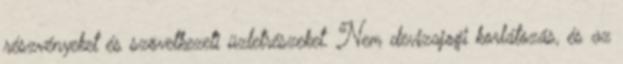
részvényeket és szövetkezeti üzletrészeket. Nem devizajogi korlátozás, és az